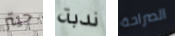
جيتر ندبة الصراحة